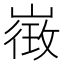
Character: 𭗓